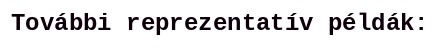
További reprezentatív példák: